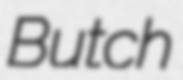
Butch